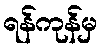
ရန်ကုန်မှ